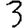
Digit: 3